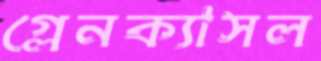
গ্লেনক্যাসল